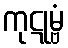
ကုဋုမ္ဗံ